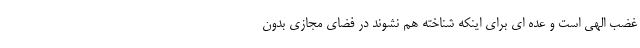
غضب الهی است و عده ای برای اینکه شناخته هم نشوند در فضای مجازی بدون